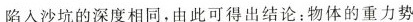
陷入沙坑的深度相同，由此可得出结论：物体的重力势